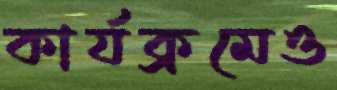
কার্যক্রমেও